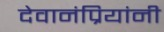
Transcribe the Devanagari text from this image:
देवानंप्रियांनी